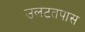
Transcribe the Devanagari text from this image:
उलटतपास